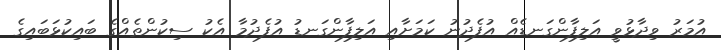
އުމަރު ވިދާޅުވީ އަލިފާންގަނޑެއް އުފެދުނު ކަމަށާއި އަލިފާންގަނޑު އުފެދުމާ އެކު ސިކުންތެއްގެ ބައިކުޅަބައިގެ